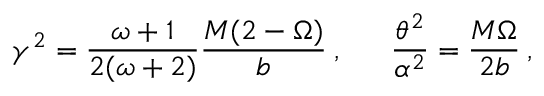
\gamma ^ { 2 } = \frac { \omega + 1 } { 2 ( \omega + 2 ) } \frac { M ( 2 - \Omega ) } { b } \: , \: \: \: \: \: \: \: \frac { \theta ^ { 2 } } { \alpha ^ { 2 } } = \frac { M \Omega } { 2 b } \: ,